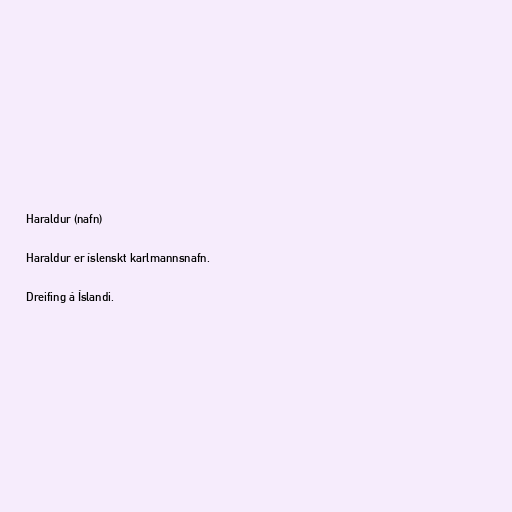
Haraldur (nafn)

Haraldur er íslenskt karlmannsnafn.

Dreifing á Íslandi.